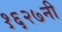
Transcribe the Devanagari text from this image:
१६२७नी